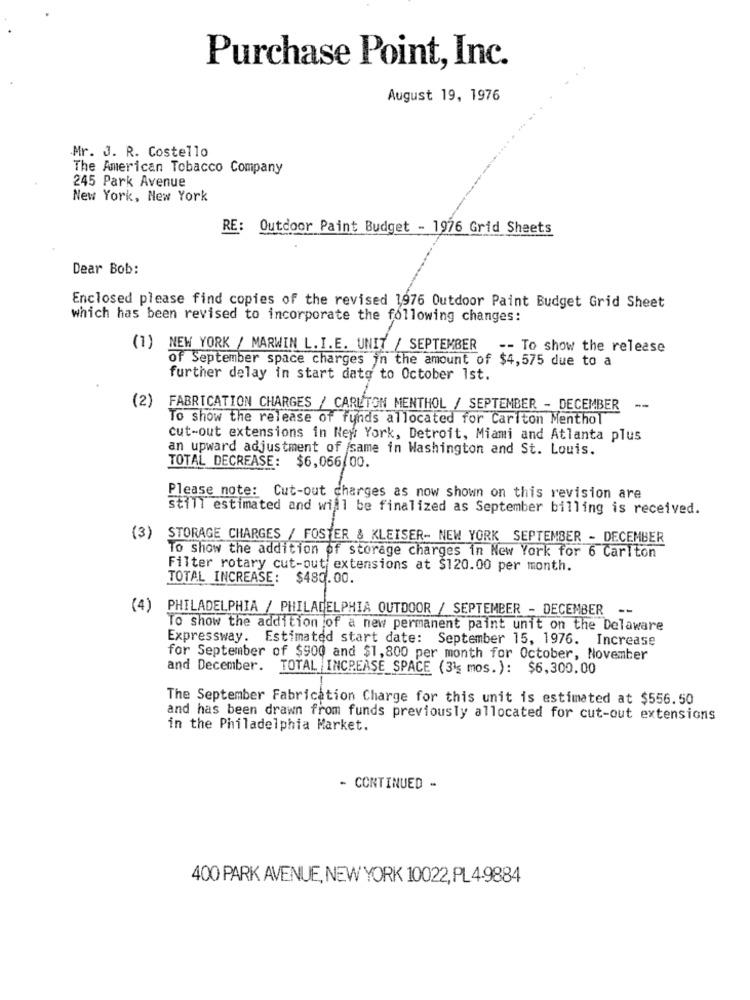
Purchase Point, Inc.
August 19, 1976
Mr. J. R. Costello
The American Tobacco Company
245 Park Avenue
New York, New York
RE: Outdoor Paint Budget - 1976 Grid Sheets
Dear Bob:
Enclosed please find copies of the revised 1976 Outdoor Paint Budget Grid Sheet
which has been revised to incorporate the following changes:
(1) NEW YORK / MARWIN L. I.E. UNIT / SEPTEMBER -- To show the release
of September space charges in the amount of $4,575 due to a
further delay in start date to October 1st.
(2) FABRICATION CHARGES / CARLTON MENTHOL / SEPTEMBER - DECEMBER
--
To show the release of funds allocated for Carlton Menthol
cut-out extensions in New York, Detroit, Miami and Atlanta plus
an upward adjustment of same in Washington and St. Louis.
TOTAL DECREASE: $6,066 00.
Please note: Cut-out charges as now shown on this revision are
still estimated and will be finalized as September billing is received.
(3) STORAGE CHARGES / FOSTER & KLEISER- NEW YORK SEPTEMBER - DECEMBER
To show the addition of storage charges in New York for 6 Carlton
Filter rotary cut-out extensions at $120.00 per month.
TOTAL INCREASE: $480.00.
(4) PHILADELPHIA / PHILADELPHIA OUTDOOR / SEPTEMBER - DECEMBER --
To show the addition of a new permanent paint unit on the Delaware
Expressway. Estimated start date: September 15, 1976. Increase
for September of $900 and $1,800 per month for October, November
and December.
TOTAL INCREASE SPACE (31g mos.): $6,300.00
The September Fabrication Charge for this unit is estimated at $556.50
and has been drawn from funds previously allocated for cut-out extensions
in the Philadelphia Market.
- CONTINUED -
400 PARK AVENUE, NEW YORK 10022, PL 4-9884